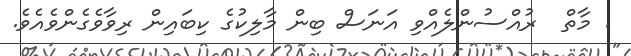
. މާތް  ރުއްސުންލެއްވި އަނަސް ބިން މާލިކުގެ ކިބައިން ރިވާވެގެންވެއެވެ.